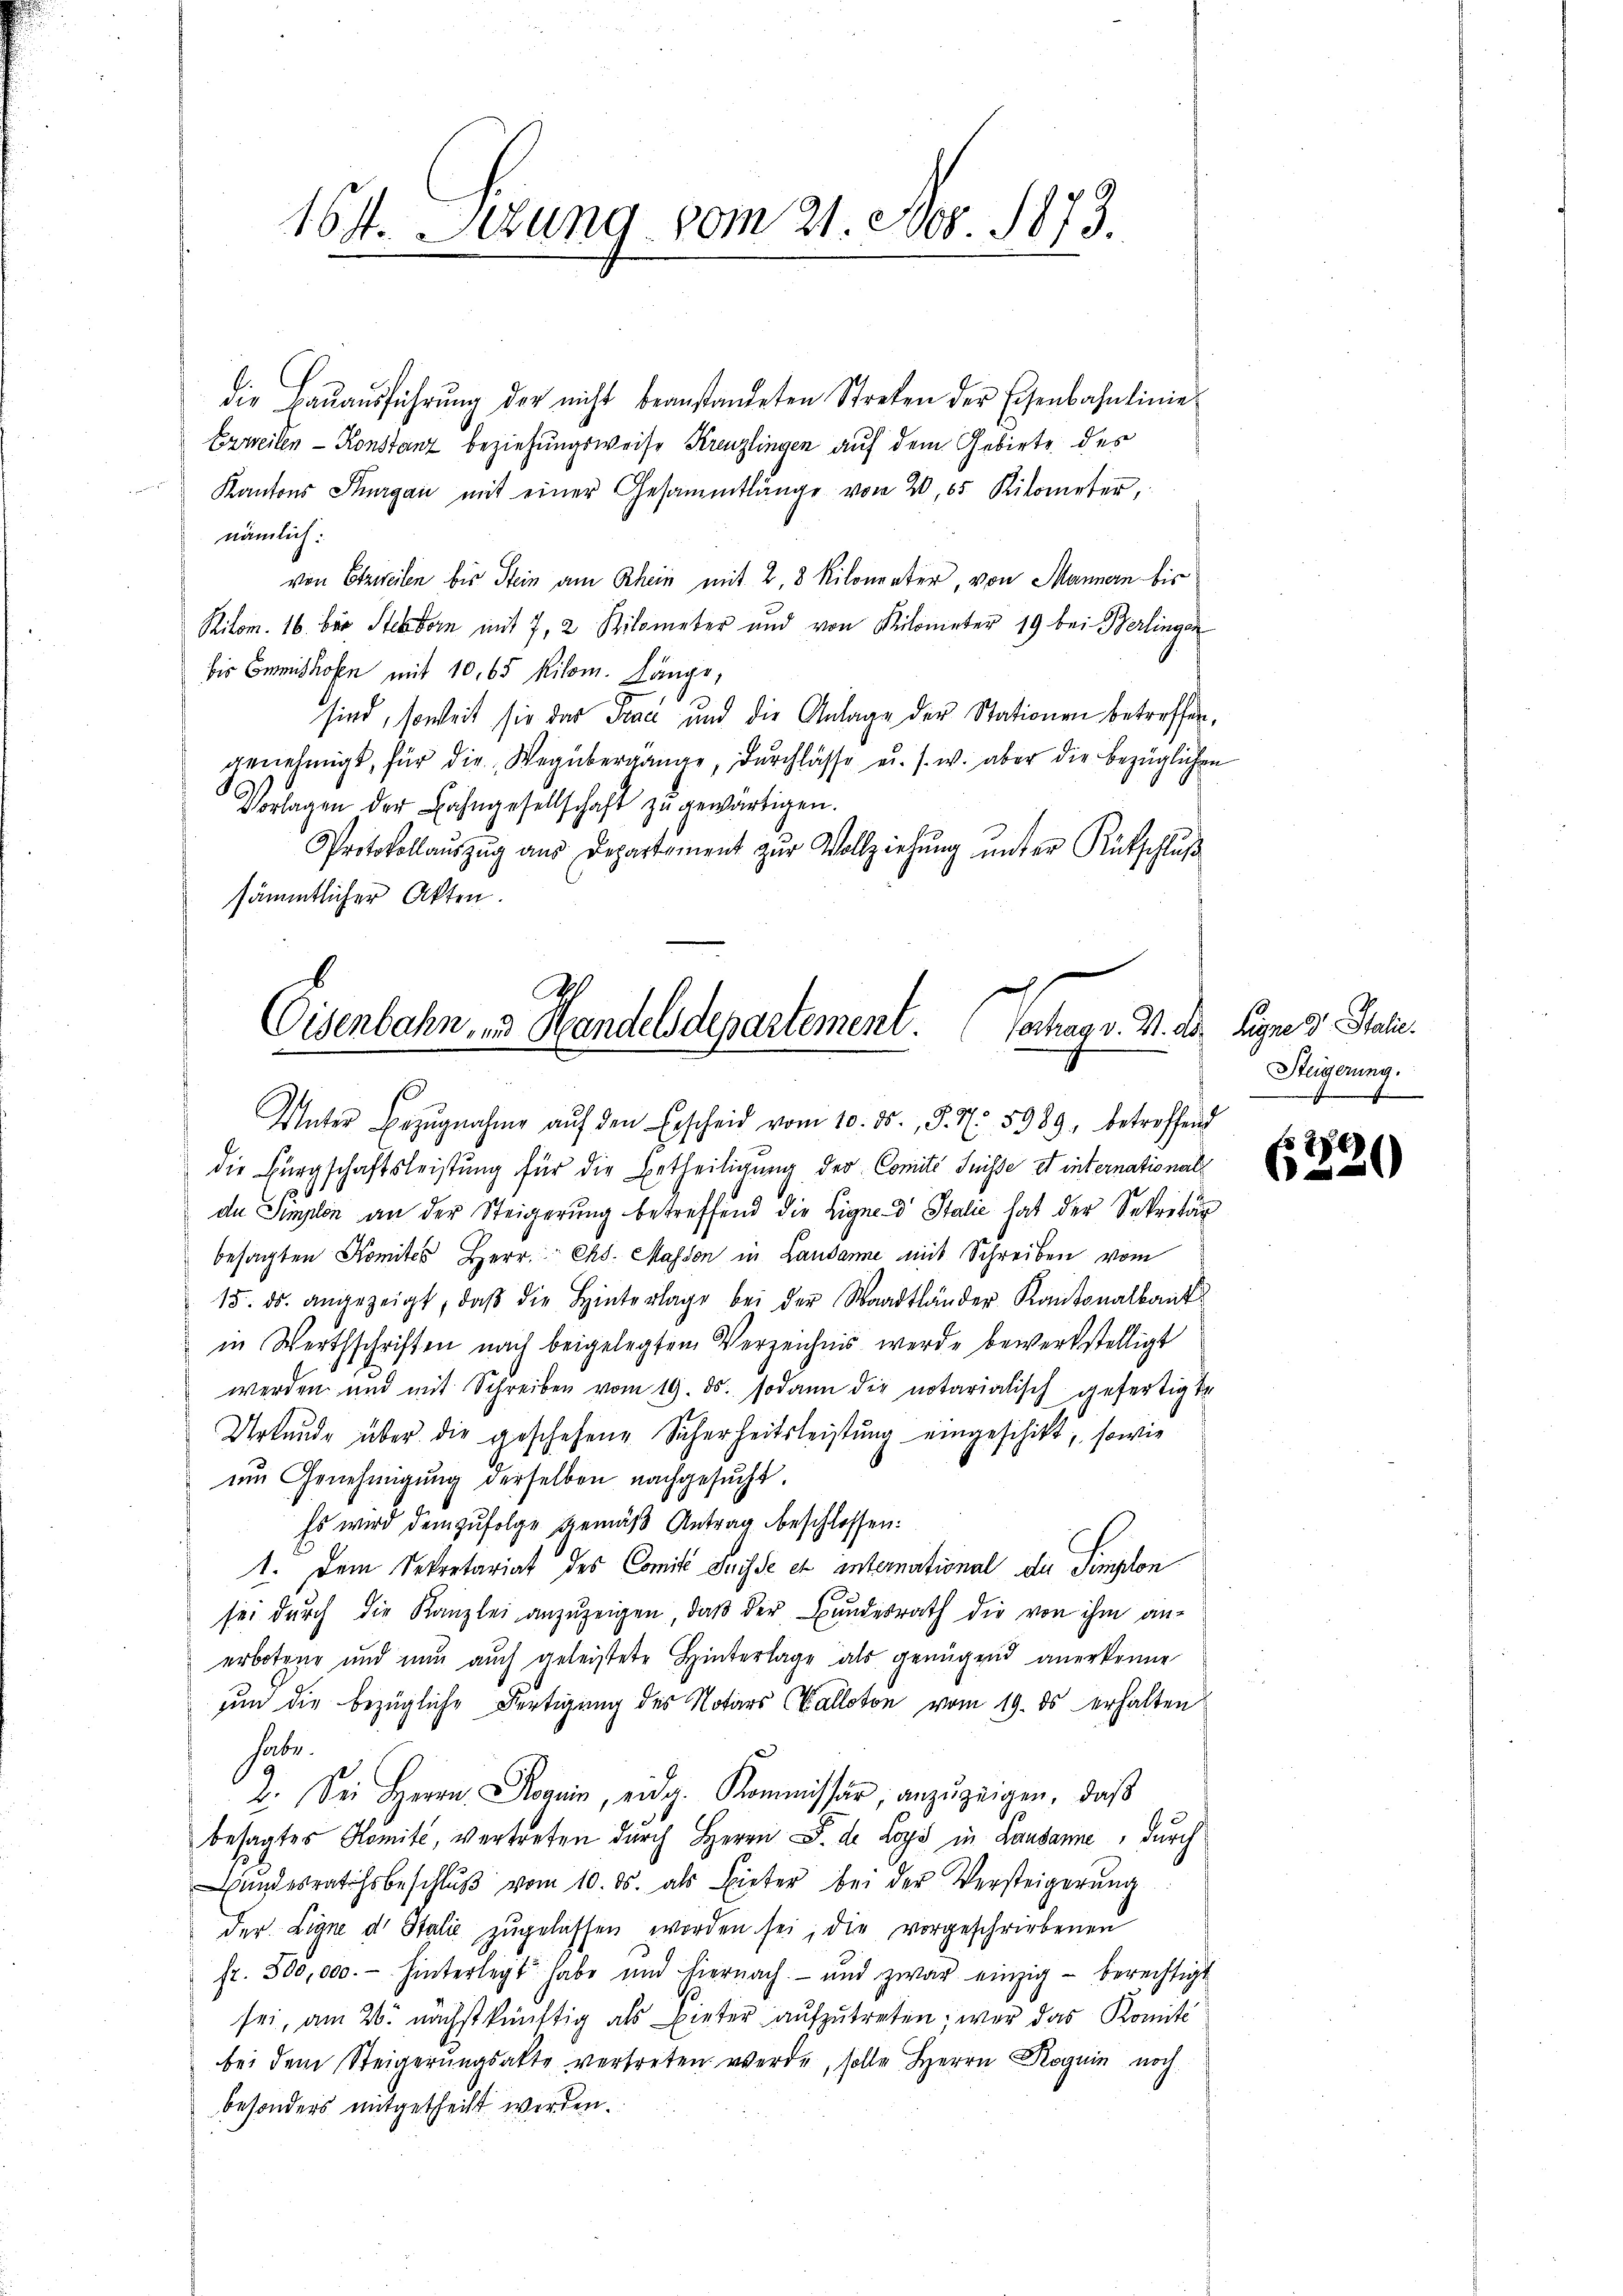
164. Sekung vom 21. Nov. 1873.

die Baŭaŭsführŭng der nicht beanstandeten Streten der Eisenbahnlinie
Erweilen - Konstanz beziehungsweise Kreuzlingen auf dem Gebiete des
Kantons Thurgau mit einer Gesammtlänge von 20, 65 Kilometer,
nämlich:
von Etziveilen bis Stein am Rhein mit 2, 3 Kilometer, von Mannern bis
Ritom. 16. bis Sterbern mit 7, 2 Kilometer und von Kilometer 19 bei Berlingen
bis Commission mit 10. 65 Kilom. Länge,
sind, soweit sie das Trac und die Anlage der Stationen betreffen,
genehmigt, für die „Wegübergänge, durchlasse u. s. w. aber die bezüglichen
Vorlagen der Bahngesellschaft zu gewärtigen.
Protokollaŭszŭg aŭs Departement zŭr Vollziehŭng ŭnter Rütschlŭβ
sämmtlicher Akten.

A
Eisenbahn, und Handelsdepartement. (Vertrag v. M. der Signe 3 Stalie
Unter Bezŭgnahme aŭf den Erscheid vom 10. ds. S. 77. 5989, betreffend

die Bürgschaftsleistung für die Ertheiligung der Comité Suisse et internationals
de Implon an der Steigerung betreffend die Eigne Stalie hat der Sekretär
besagten Komites Herr Ch. Masson in Lausanne mit Schreiben vom
15. ds. angezeigt, daβ die Hinterlage bei der Waadtländer Kantonalbaut
in Werthschriften nach beigelegtem Verzeichnis werde bewerkstelligt
werden und mit Schreiben vom 19. ds. sodann die notarialisch gefertigte
Urkunde über die geschehene Sicherheitsleistung eingeschikt, sowie
em Genehmigung derselben nachgesucht.
Es wird demzufolge gemäß Antrag beschlossen:
1. Dem Sekretariat des Comit Suisse et international die Simplon
sei dŭrch die Kanzlei anzuzeigen, daβ der Bundesrath die von ihm an-
erboten und nun auch geleistete Hinterlage als genügend anerkenne
um die bezügliche Fertigung des Notars (Kalloton vom 19. ds erhalten
habe.
9
2. Sei Herrn Roguin, eidg. Kommissär, anzuzeigen, daβ
besagtes Komité, vertreten durch Herrn F. de Loys in Lausanne, durch
undesrathsbeschlŭβ vom 10. ds. als Bieter bei der Versteigerŭng
der Ligne d Italie zŭgelassen worden sei, die vorgeschriebenen
fr. 300,000.- hinterlegt habe und hiernach und zwar einzig berechtigt
sei, am 26. nächstkünftig als Bieter aufzutreten, war das Komité
bei dem Steigerungsakte vertreten werde, solle Herrn Roguin noch
besonders mitgetheilt werden.

Steigerung.
e

620